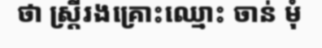
ថា ស្ត្រីរងគ្រោះឈ្មោះ ចាន់ មុំ